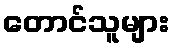
တောင်သူများ